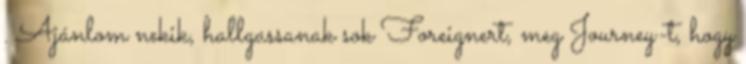
. Ajánlom nekik, hallgassanak sok Foreignert, meg Journey-t, hogy